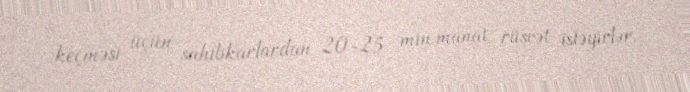
keçməsi üçün sahibkarlardan 20-25 min manat rüşvət istəyirlər.